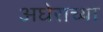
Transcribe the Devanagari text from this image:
अघेराच्या